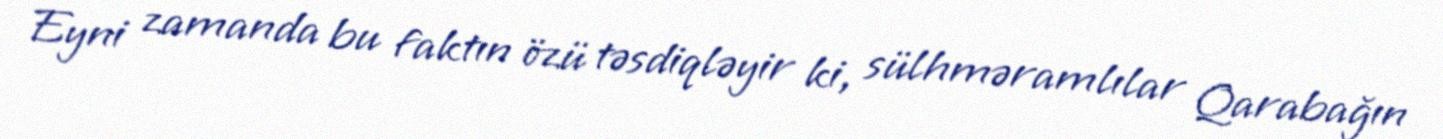
Eyni zamanda bu faktın özü təsdiqləyir ki, sülhməramlılar Qarabağın